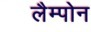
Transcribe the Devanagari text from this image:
लैम्पोन